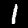
Digit: 1